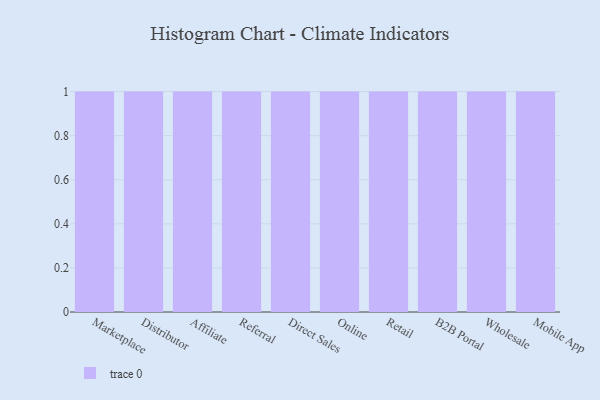
{"axis": {"x": "Channel", "y": "Budget (USD K)"}, "legend": [""], "data": [{"x": "Marketplace", "y": 59, "type": ""}, {"x": "Distributor", "y": 77, "type": ""}, {"x": "Affiliate", "y": 16, "type": ""}, {"x": "Referral", "y": 90, "type": ""}, {"x": "Direct Sales", "y": 68, "type": ""}, {"x": "Online", "y": 3, "type": ""}, {"x": "Retail", "y": 74, "type": ""}, {"x": "B2B Portal", "y": 44, "type": ""}, {"x": "Wholesale", "y": 14, "type": ""}, {"x": "Mobile App", "y": 69, "type": ""}]}